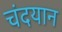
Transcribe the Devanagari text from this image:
चंदयान